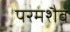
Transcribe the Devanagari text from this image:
परमशैव